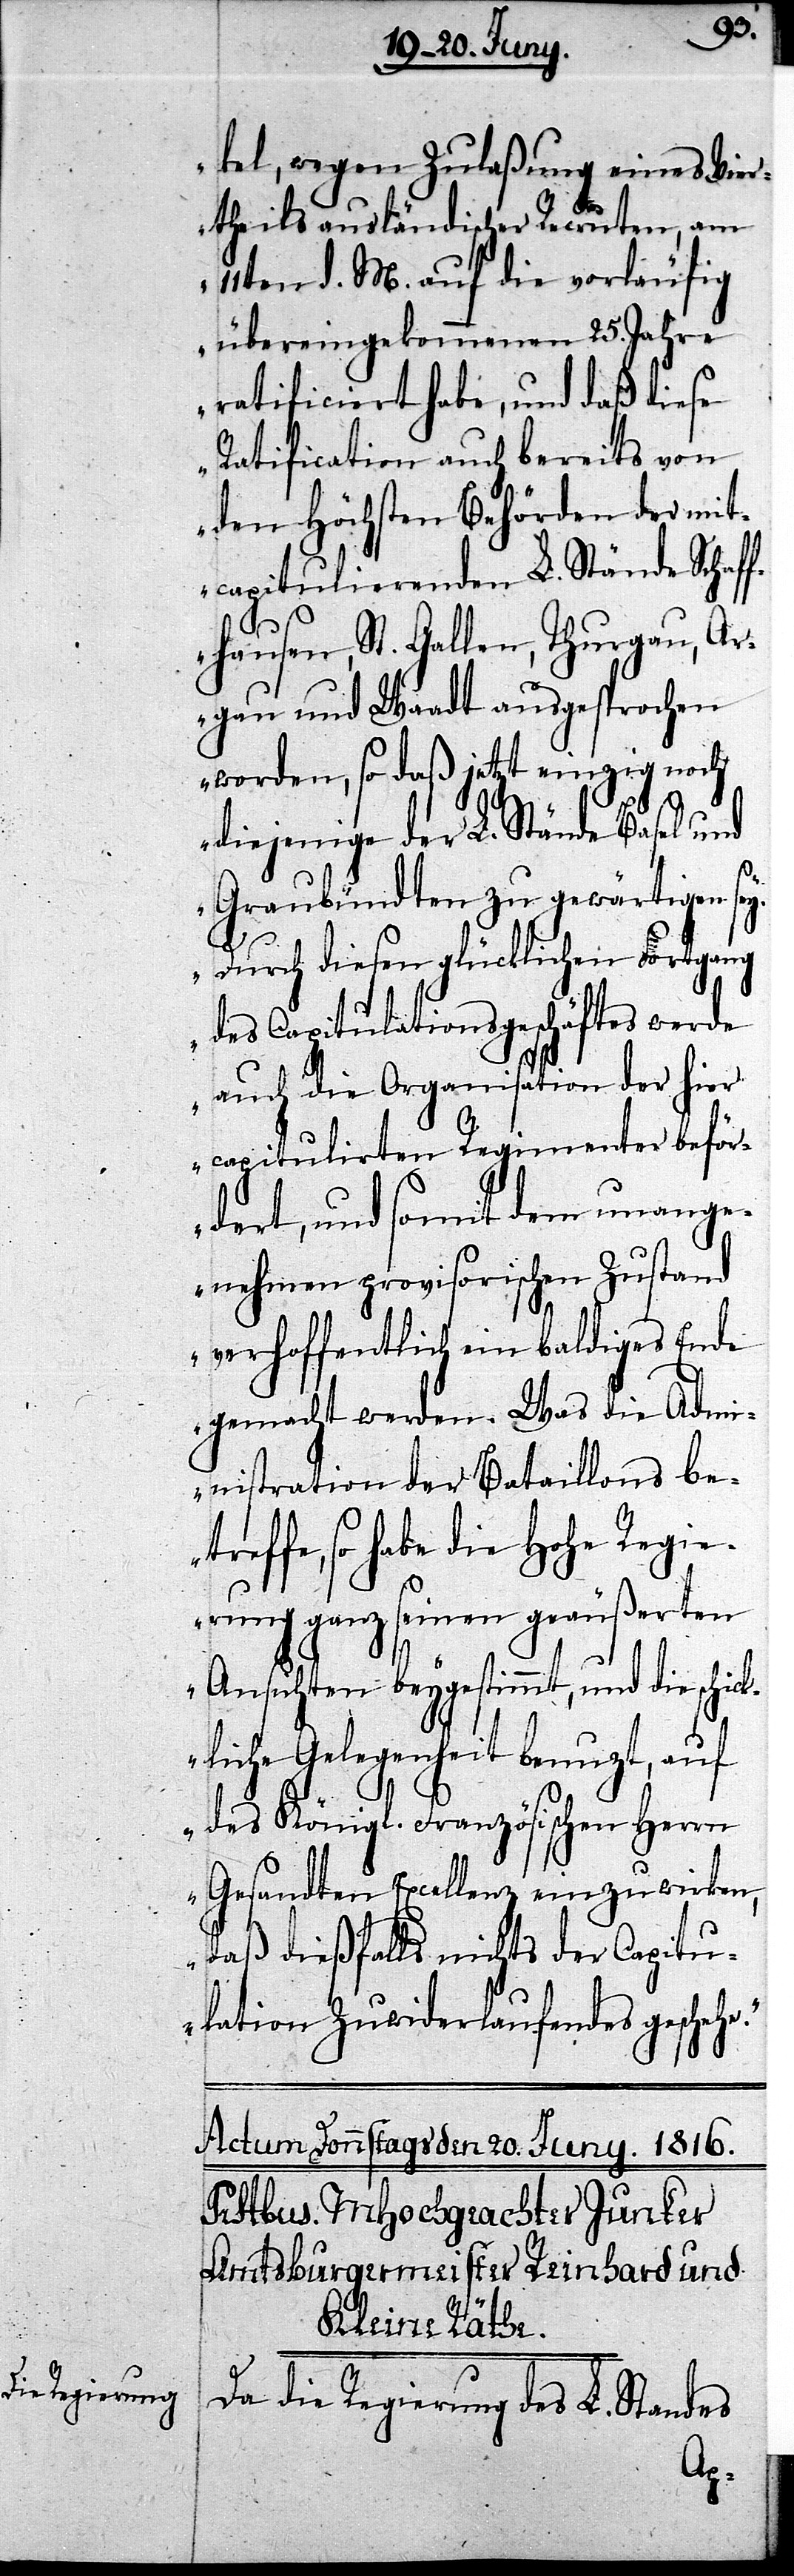
kel, wegen Zulaßung eines Vie¬
rtheils ausländischer Recruten, am
11ten d. M. auf die vorläufig
übereingekommenen 25. Jahre
ratificiert habe, und daß diese
Ratification auch bereits von
den Höchsten Behörden der mit¬
capitulierenden L. Stände Schaf¬
fhausen, St. Gallen, Thurgau, Ar¬
gau und Waadt ausgesprochen
worden, so daß jetzt einzig noch
diejenige der L. Stände Basel und
Graubündten zu gewärtigen sey.
Durch diesen glücklichen Fortgang
des Capitulationsgeschäftes werde
auch die Organisation der hier
capitulirten Regimenter beför¬
dert, und somit dem unange¬
nehmen provisorischen Zustand
verhoffentlich ein baldiges Ende
gemacht werden. Was die Admi¬
nistration der Bataillons bet¬
reffe, so habe die Hohe Regie¬
rung ganz seinen geäußerten
Ansichten beygestimmt, und die schick¬
liche Gelegenheit benuzt, auf
des Königl. Französischen Herrn
Gesandten Excellenz einzuwirken,
daß dießfalls nichts der Capitu¬
lation Zuwiderlaufendes geschehe.“
Da die Regierung des L. Standes